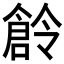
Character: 𠏧